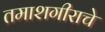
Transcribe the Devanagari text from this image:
तमाशगीराचे